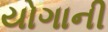
યોગાની